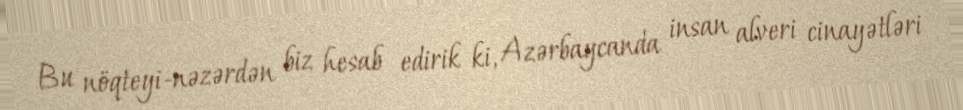
Bu nöqteyi-nəzərdən biz hesab edirik ki, Azərbaycanda insan alveri cinayətləri